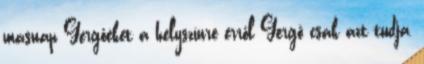
másnap Gergőéket a helyszínre erről Gergő csak azt tudja,